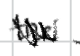
Text: the
Cross-out: zig-zag
Writing tool: digital_black